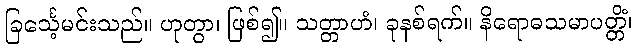
ခြင်္သေ့မင်းသည်။ ဟုတွာ၊ ဖြစ်၍။ သတ္တာဟံ၊ ခုနစ်ရက်။ နိရောဓသမာပတ္တိံ၊